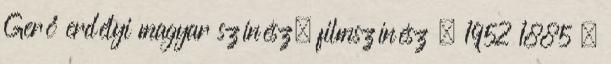
Gerő erdélyi magyar színész, filmszínész † 1952 1885 –